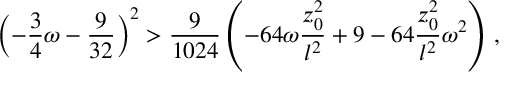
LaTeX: \left( - { \frac { 3 } { 4 } } \omega - { \frac { 9 } { 3 2 } } \right) ^ { 2 } > { \frac { 9 } { 1 0 2 4 } } \left( - 6 4 \omega { \frac { z _ { 0 } ^ { 2 } } { l ^ { 2 } } } + 9 - 6 4 { \frac { z _ { 0 } ^ { 2 } } { l ^ { 2 } } } \omega ^ { 2 } \right) \, ,